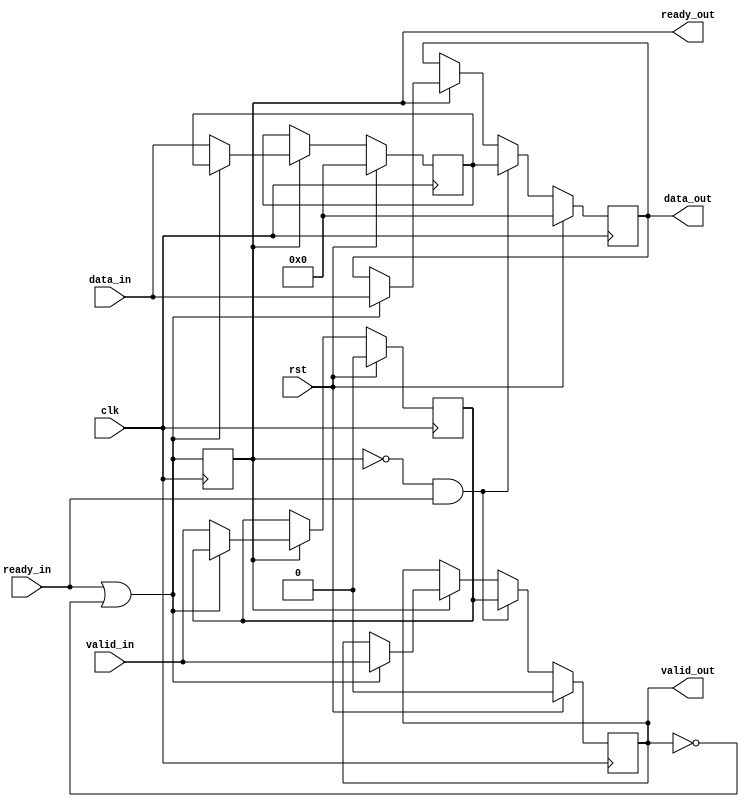
module pipe_reg #(parameter WIDTH = 8) (
        input clk,
        input rst,
        
        input ready_in,
        input valid_in,
        input[WIDTH - 1:0] data_in,
        output valid_out,
        output[WIDTH - 1:0] data_out,
        output ready_out
    );
    
    (* keep = "true" *) reg r_ready, r_valid1, r_valid2;
    (* keep = "true" *) reg[WIDTH - 1:0] r_data1, r_data2;
    
    wire first_buf_ready = ready_in | ~r_valid1;
    
    assign data_out = r_data1;
    assign valid_out = r_valid1;
    assign ready_out = r_ready;
    
    always@(posedge clk)
    begin
        if(rst) begin
            r_data1 <= 0;
            r_data2 <= 0;
            r_ready <= 0;
            r_valid1 <= 0;
            r_valid2 <= 0;
        end
        else begin
            //data acquisition
            if(r_ready) begin
                if(first_buf_ready) begin
                    r_data1 <= data_in;
                    r_valid1 <= valid_in;
                end
                else begin
                    r_data2 <= data_in;
                    r_valid2 <= valid_in;
                end
            end //r_ready
            
            //data shift
            if(~r_ready & ready_in) begin
                r_data1 <= r_data2;
                r_valid1 <= r_valid2;
            end
        end
        
        //control
        r_ready <= first_buf_ready;
    end
endmodule